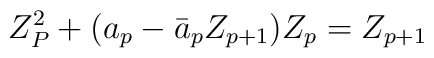
Z_P^2 + (a_p -  \bar a_p Z_{p+1})Z_p = Z_{p+1}